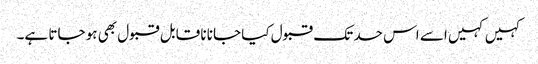
کہیں کہیں اسے اس حد تک قبول کیا جانا نا قابل قبول بھی ہو جاتا ہے۔